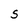
Character: S